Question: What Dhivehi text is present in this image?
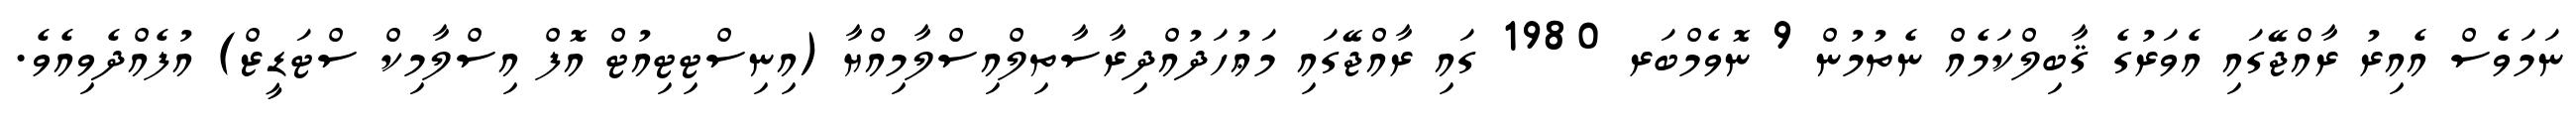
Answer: ނަމަވެސް އެއިރު ރާއްޖޭގައި އެވަރުގެ ޤާބިލްކަމެއް ނެތުމުން 9 ނޮވެމްބަރ 1980 ގައި ރާއްޖޭގައި މަޢުހަދުއްދިރާސާތިލްއިސްލާމިއްޔާ (އިނިސްޓިޓިއުޓް އޮފް އިސްލާމިކް ސްޓަޑީޒް) އުފެއްދެވިއެވެ.